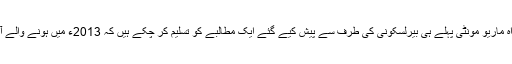
ٹیکنو کریٹس پر مبنی نئی عبوری حکومت کے سربراہ ماریو مونٹی پہلے ہی بیرلسکونی کی طرف سے پیش کیے گئے ایک مطالبے کو تسلیم کر چکے ہیں کہ 2013ء میں ہونے والے آئندہ انتخابات میں وہ بطور امیدوار حصہ نہیں لیں گے۔